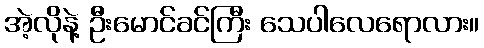
အဲ့လိုနဲ့ ဦးမောင်ခင်ကြီး သေပါလေရောလား။